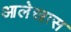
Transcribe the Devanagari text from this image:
आलेखास